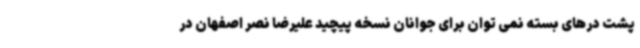
پشت درهای بسته نمی توان برای جوانان نسخه پیچید علیرضا نصر اصفهان در